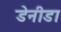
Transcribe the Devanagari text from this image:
डेनीडा